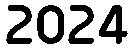
2024